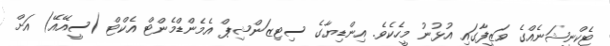
ޓެކްނީޝަނެއްގެ ވަޒީފާގައި އުޅުނު މީހެކެވެ. އިންޑިޔާގެ ސިޓިޒަންޝިޕް އެމެންޑްމެންޓް އެކްޓް (ސީއޭއޭ) އަށް